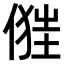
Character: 𠍧